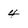
Character: 4